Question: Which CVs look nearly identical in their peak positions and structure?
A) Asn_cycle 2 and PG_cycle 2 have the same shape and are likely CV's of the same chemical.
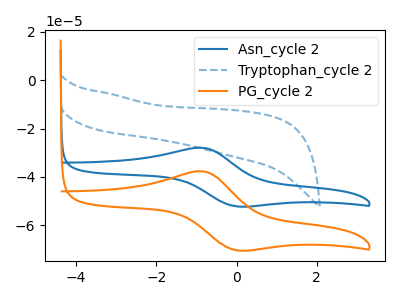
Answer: <think>The blue curve "Asn_cycle 2" has an anodic peak at (-0.85V, -27.95uA) and a cathodic peak at (0.00V, -52.15uA). The blue dashed curve "Tryptophan_cycle 2" has no peaks. The orange curve "PG_cycle 2" has an anodic peak at (-0.85V, -37.70uA) and a cathodic peak at (0.00V, -70.30uA).
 "Asn_cycle 2" and "Tryptophan_cycle 2" have a different number of peaks. All the peaks in "Asn_cycle 2" have a peak in "PG_cycle 2" at the same potential. "Tryptophan_cycle 2" and "PG_cycle 2" have a different number of peaks.</think>
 <answer>A) "Asn_cycle 2" and "PG_cycle 2" have the same shape and are likely CV's of the same chemical.</answer>
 <eval>A</eval>